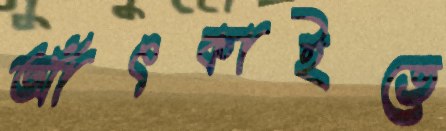
আঁৎকাইতে